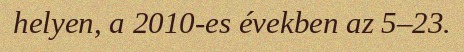
helyen, a 2010-es években az 5–23.